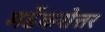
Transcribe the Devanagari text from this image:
मर्ढेकरोत्तर